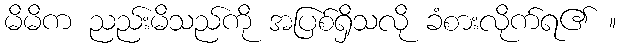
မိမိက ညည်းမိသည်ကို အပြစ်ရှိသလို ခံစားလိုက်ရ၏ ။